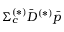
\Sigma _ { c } ^ { ( * ) } \bar { D } ^ { ( * ) } \bar { p }